Annual report of the Imperial Bacteriologist
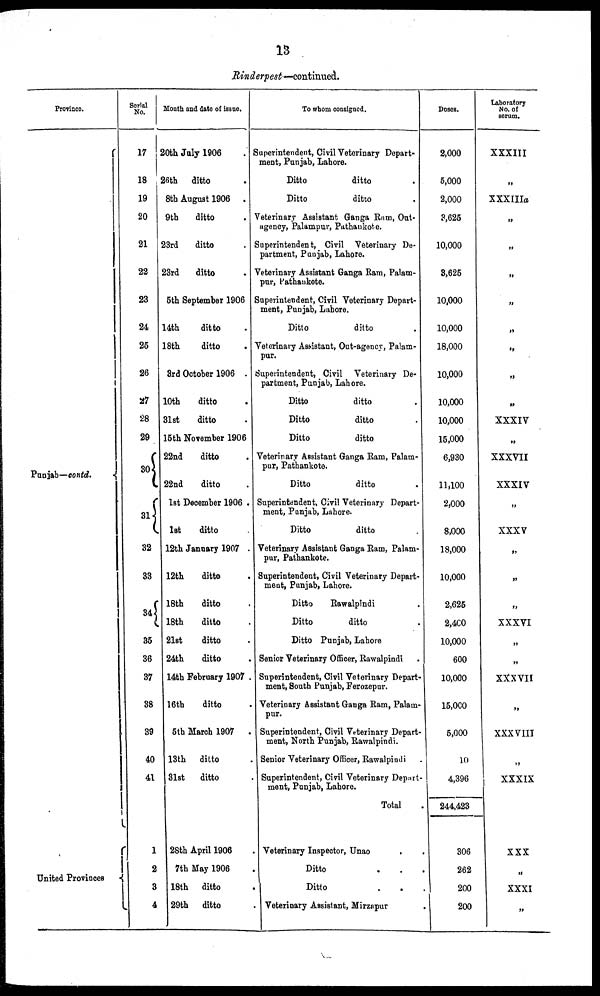
13
Rinderpest—continued.
Province.
Punjab—contd. {
United Provinces {
Serial
No.
17
18
19
20
21
22
23
24
25
26
27
28
29
30{
31{
32
33
34{
35
36
37
38
39
40
41
1
2
3
4
Month and date of issue.
20th July 1906 .
26th ditto .
8th August 1906 .
9th
ditto .
23rd
ditto .
23rd
ditto .
5th September 1906
14th
ditto .
18th
ditto .
3rd October 1906 .
10th
ditto .
31st
ditto .
15th November 1906
22nd
ditto .
22nd
ditto .
1st December 1906 .
1st
ditto .
12th January 1907 .
12th
ditto .
18th
ditto .
18th
ditto .
21st
ditto .
24th
ditto .
14th February 1907 .
16th
ditto .
5th March 1907 .
13th ditto .
31st
ditto .
28th April 1906 .
7th May 1906 .
18th ditto .
29th ditto .
To whom consigned.
Superintendent, Civil Veterinary Depart-
ment, Punjab, Lahore.
Ditto
ditto.
Ditto
ditto.
Veterinary Assistant Ganga Ram, Out-
agency, Palampur, Pathankote.
Superintendent, Civil Veterinary De-
partment, Punjab, Lahore.
Veterinary Assistant Ganga Ram, Palam-
pur, Pathankote.
Superintendent, Civil Veterinary Depart-
ment, Punjab, Lahore.
Ditto
ditto.
Veterinary Assistant, Out-agency, Palam-
pur.
Superintendent, Civil Veterinary De-
partment, Punjab, Lahore.
Ditto
ditto.
Ditto
ditto.
Ditto
ditto.
Veterinary Assistant Ganga Ram, Palam-
pur, Pathankote.
Ditto ditto.
Superintendent, Civil Veterinary Depart-
ment, Punjab, Lahore.
Ditto
ditto
Veterinary Assistant Ganga Ram, Palam-
pur, Pathankote.
Superintendent, Civil Veterinary Depart-
ment, Punjab, Lahore.
Ditto
Rawalpindi .
Ditto
ditto .
Ditto Punjab, Lahore.
Senior Veterinary Officer, Rawalpindi
Superintendent, Civil Veterinary Depart-
ment, South Punjab, Ferozepur.
Veterinary Assistant Ganga Ram, Palam-
pur.
Superintendent, Civil Veterinary Depart-
ment, North Punjab, Rawalpindi.
Senior Veterinary Officer, Rawalpindi.
Superintendent, Civil Veterinary Depart-
ment, Punjab, Lahore.
Total .
Veterinary Inspector, Unao . .
Ditto . . .
Ditto . . .
Veterinary Assistant, Mirzapur .
Doses.
2,000
5,000
2,000
3,625
10,000
3,625
10,000
10,000
18,000
10,000
10,000
10,000
15,000
6,930
11,100
2,000
8,000
18,000
10,000
2,625
2,400
10,000
600
10,000
15,000
5,000
10
4,396
244,423
306
262
200
200
Laboratory
No. of
serum.
XXXIII
„
XXXIIIa
„
„
„
„
„
„
„
„
XXXIV
„
XXXVII
XXXIV
„
XXXV
„
„
„
XXXVI
„
„
XXXVII
„
XXXVIII
„
XXXIX
XXX
„
XXXI
„